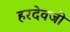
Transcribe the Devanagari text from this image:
हरदेवजी